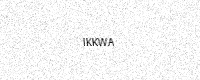
Text: IKKWA